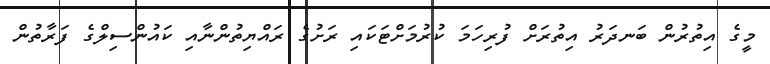
މީގެ އިތުރުން ބަނދަރު އިތުރަށް ފުރިހަމަ ކުރުމަށްޓަކައި ރަށުގެ ރައްޔިތުންނާއި ކައުންސިލްގެ ފަރާތުން